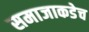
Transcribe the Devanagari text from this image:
समाजाकडेच